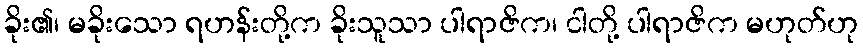
ခိုး၏၊ မခိုးသော ရဟန်းတို့က ခိုးသူသာ ပါရာဇိက၊ ငါတို့ ပါရာဇိက မဟုတ်ဟု